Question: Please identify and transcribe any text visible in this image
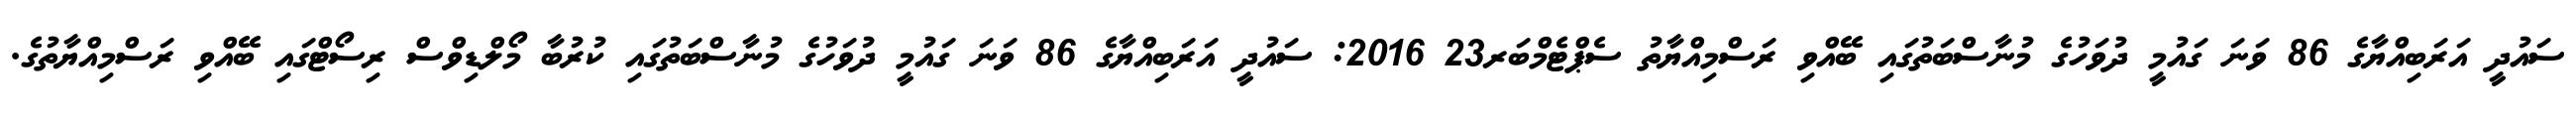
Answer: ސައުދީ އަރަބިއްޔާގެ 86 ވަނަ ގައުމީ ދުވަހުގެ މުނާސްބަތުގައި ބޭއްވި ރަސްމިއްޔާތު ސެޕްޓެމްބަރ23 2016: ސައުދީ އަރަބިއްޔާގެ 86 ވަނަ ގައުމީ ދުވަހުގެ މުނާސްބަތުގައި ކުރުބާ މޯލްޑިވްސް ރިސޯޓްގައި ބޭއްވި ރަސްމިއްޔާތުގެ.